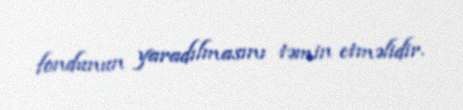
fondunun yaradılmasını təmin etməlidir.